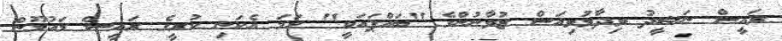
ރައީސް ނަޝީދު ވިދާޅުވިއަސް ޒުވާނުންގެ "ބައްޕައަކީ" ހަމަ އެކަނި ކުރީގެ ރައީސް މައުމޫން